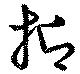
抑